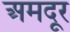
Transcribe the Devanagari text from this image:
अमदूर